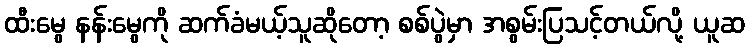
ထီးမွေ နန်းမွေကို ဆက်ခံမယ့်သူဆိုတော့ စစ်ပွဲမှာ အစွမ်းပြသင့်တယ်လို့ ယူဆ